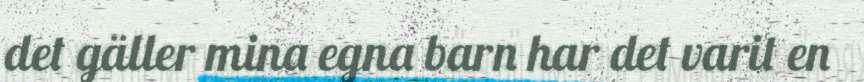
det gäller mina egna barn har det varit en